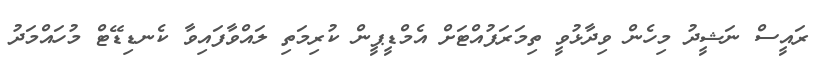
ރައީސް ނަޝީދު މިހެން ވިދާޅުވީ ތިމަރަފުއްޓަށް އެމްޑީޕީން ކުރިމަތި ލައްވާފައިވާ ކެނޑިޑޭޓް މުހައްމަދު